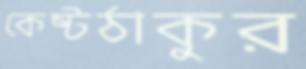
কেষ্টঠাকুর